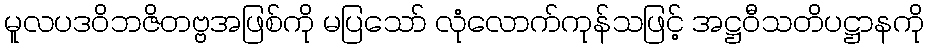
မူလပဒဝိဘဇိတဗ္ဗအဖြစ်ကို မပြသော် လုံလောက်ကုန်သဖြင့် အဋ္ဌဝီသတိပဋ္ဌာနကို